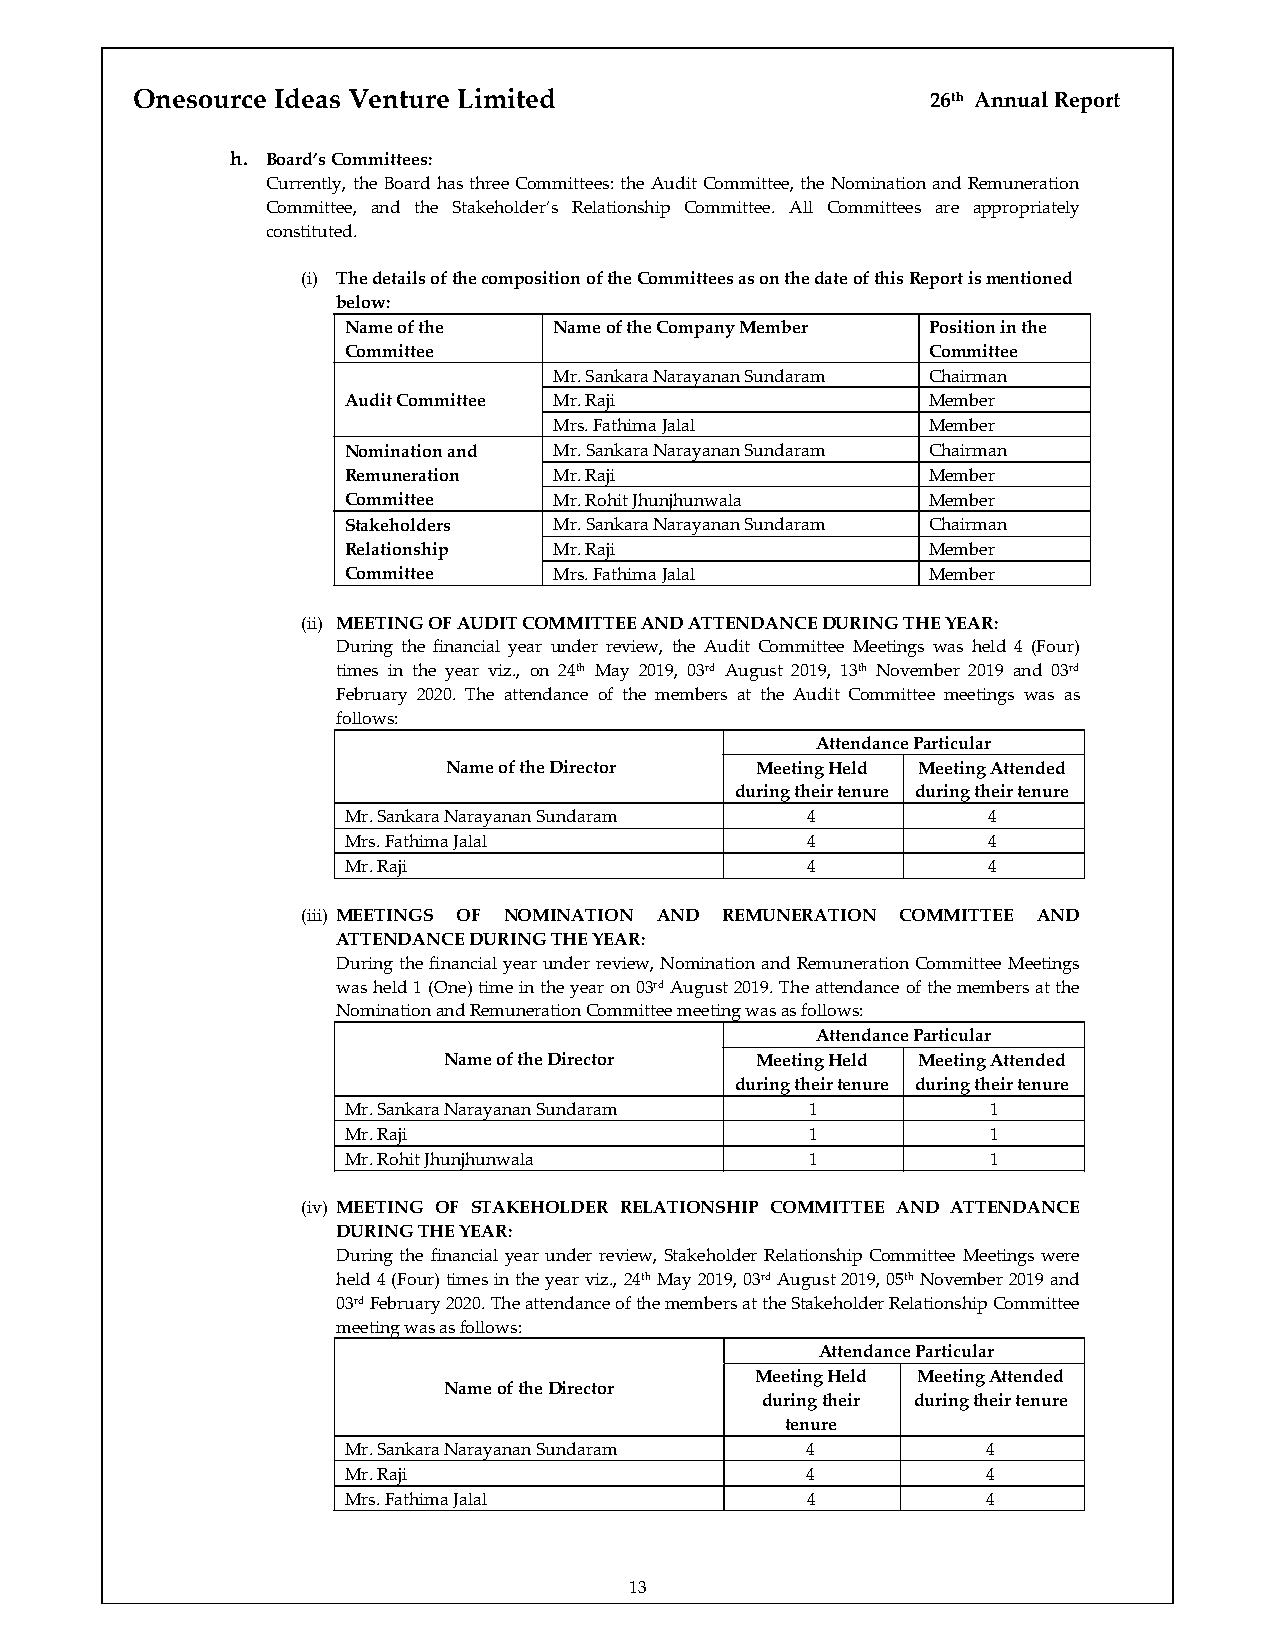
Onesource Ideas Venture Limited                      26th Annual Report
 h. Board’s Committees:
 Currently, the Board has three Committees: the Audit Committee, the Nomination and Remuneration
 Committee, and the Stakeholder’s Relationship Committee. All Committees are appropriately
 constituted.
 (i) The details of the composition of the Committees as on the date of this Report is mentioned
 below:
 Name of the   Name of the Company Member Position in the
 Committee                              Committee
 Mr. Sankara Narayanan Sundaram Chairman
 Audit Committee Mr. Raji               Member
 Mrs. Fathima Jalal       Member
 Nomination and Mr. Sankara Narayanan Sundaram Chairman
 Remuneration  Mr. Raji                 Member
 Committee     Mr. Rohit Jhunjhunwala   Member
 Stakeholders  Mr. Sankara Narayanan Sundaram Chairman
 Relationship  Mr. Raji                 Member
 Committee     Mrs. Fathima Jalal       Member
 (ii) MEETING OF AUDIT COMMITTEE AND ATTENDANCE DURING THE YEAR:
 During the financial year under review, the Audit Committee Meetings was held 4 (Four)
 times in the year viz., on 24th May 2019, 03rd August 2019, 13th November 2019 and 03rd
 February 2020. The attendance of the members at the Audit Committee meetings was as
 follows:
 Attendance Particular
 Name of the Director Meeting Held Meeting Attended
 during their tenure during their tenure
 Mr. Sankara Narayanan Sundaram 4          4
 Mrs. Fathima Jalal            4           4
 Mr. Raji                      4           4
 (iii) MEETINGS OF NOMINATION AND REMUNERATION COMMITTEE AND
 ATTENDANCE DURING THE YEAR:
 During the financial year under review, Nomination and Remuneration Committee Meetings
 was held 1 (One) time in the year on 03rd August 2019. The attendance of the members at the
 Nomination and Remuneration Committee meeting was as follows:
 Attendance Particular
 Name of the Director Meeting Held Meeting Attended
 during their tenure during their tenure
 Mr. Sankara Narayanan Sundaram 1           1
 Mr. Raji                       1           1
 Mr. Rohit Jhunjhunwala         1           1
 (iv) MEETING OF STAKEHOLDER RELATIONSHIP COMMITTEE AND ATTENDANCE
 DURING THE YEAR:
 During the financial year under review, Stakeholder Relationship Committee Meetings were
 held 4 (Four) times in the year viz., 24th May 2019, 03rd August 2019, 05th November 2019 and
 03rd February 2020. The attendance of the members at the Stakeholder Relationship Committee
 meeting was as follows:
 Attendance Particular
 Meeting Held Meeting Attended
 Name of the Director
 during their during their tenure
 tenure
 Mr. Sankara Narayanan Sundaram 4          4
 Mr. Raji                      4           4
 Mrs. Fathima Jalal            4           4
 13